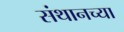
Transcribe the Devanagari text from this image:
संथानच्या